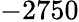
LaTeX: -2750